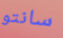
سانتو